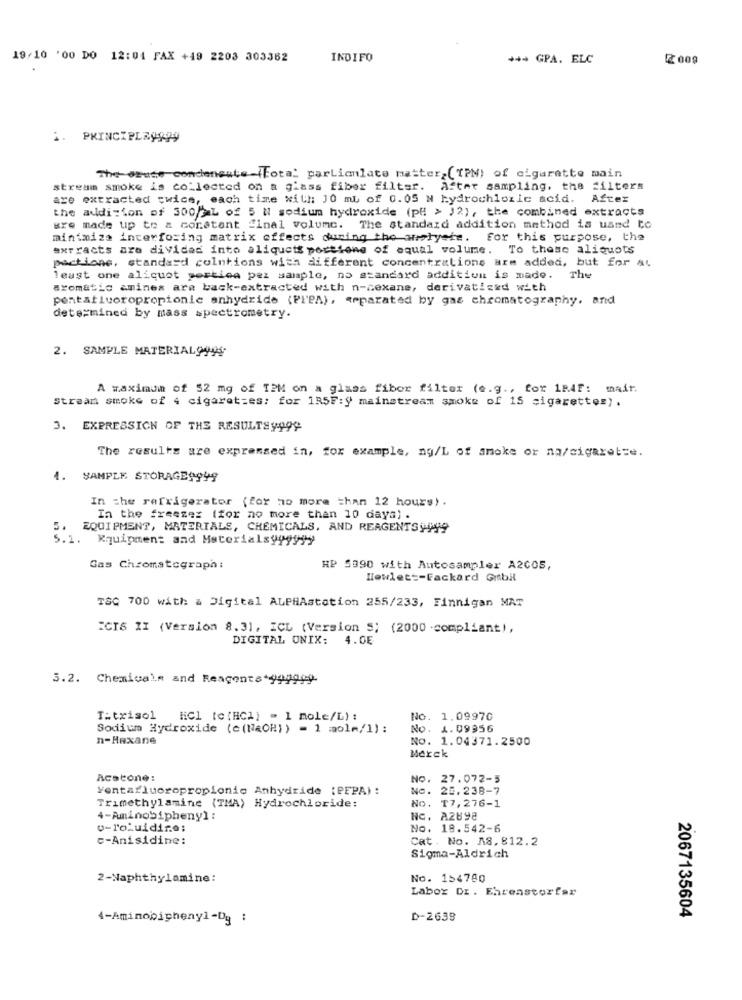
19/10 '00 DO 12:04 FAX +49 2203 303362
INDIFQ
** + GPA. ELC
2 009
PRINCIPLE9999
The deuce condensate-(fota: particulate matters(TPM) of cigaratto main
stream smoke is collected on a glass fiber filter. After sampling, the filters
are extracted twice, each time with 10 ml of 0.05 N hydrochloric acid. After
the addition of 300/ML of 5 N sodium hydroxide (p# > 12), the combined extracts
are made up to a constant final volume. The standard addition method is uand to
minimize interforing matrix effects during the wielyete. for this purpose, the
extracts are divided into aliquets portions of equal volume. To these aliquots
pactions, standard colntions with different concentrations are added, but for at
least one aliquot portion per sample, no standard addition is made. The
aromatic amines are back-extracted with n-cexane, derivatis&d with
pontafluoropropionic anhydride (PIPA), separated by gas chromatography, and
determined by mass spectrometry.
2. SAMPLE MATERIAL9945
A maximum of 52 mg of TPM on a glass fiber filter (e.g ., for 1RAF: mair.
Straan smoke of 4 cigarettes: for 1R5F:" mainstream smoke of 15 cigarettes).
3. EXPRESSION OF THE RESULTSy999
The results are expressed in, for example, ng/L of smoke or na/cigarette.
4.
SAMPLE STORAGE9949
In the refrigerator (for no more than 12 hours).
In the freezer (for no more than 10 days) .
5.
EQUIPMENT, MATERIALS, CHEMICALS, AND REAGENTS9449
5.1.
Equipment and Materialsy99999
Gas Chromatograph:
HP 5990 with Autosampler A2COS,
Howlett-Fackard Gmbil
T&C 700 with a Digital ALPHAstation 255/233, Finnigan MAT
ICIS II (Version 8.31, ICL (Version S; (2000 -compliant),
DIGITAL ONIX: 4.0E
3.2. Chemicals and Reagents 999999
T:txisol HC1 [c (HC1} = 1 mole/L) :
No. 1.09970
Sodium Hydroxide (c(NaOH) ) = 1 mol=/1) :
NO. 1.09956
n-Hexane
No. 1.04371.2500
Merek
Acstone:
NO.
27.072-5
Ventafluoropropionic Anhydride [PEPA) :
NO.
25.238-7
No. T7, 276-1
Trimethylamine (TMA) Hydrochloride:
4-Aminobiphenyl:
Nc. A2898
v-loluidire;
No. 18.542-6
c-Anisidine:
Cat. No. A8. 812.2
Sigma-Aldrich
2-Naphthylamine:
No. 154780
Labor Dr . Ehrenstorfar
2067135604
4-Aminopiphenyl-Dg :
D-2639